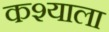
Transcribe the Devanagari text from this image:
कश्याला